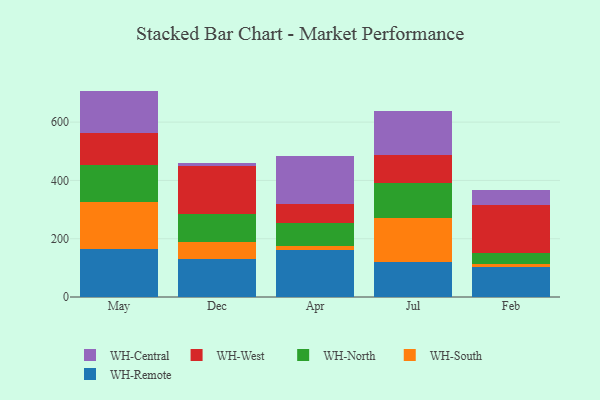
{"axis": {"x": "Month", "y": "Shipments"}, "legend": ["WH-Central", "WH-North", "WH-Remote", "WH-South", "WH-West"], "data": [{"x": "May", "y": 166.2, "type": "WH-Remote"}, {"x": "May", "y": 160.0, "type": "WH-South"}, {"x": "May", "y": 126.0, "type": "WH-North"}, {"x": "May", "y": 109.8, "type": "WH-West"}, {"x": "May", "y": 145.3, "type": "WH-Central"}, {"x": "Dec", "y": 129.6, "type": "WH-Remote"}, {"x": "Dec", "y": 60.3, "type": "WH-South"}, {"x": "Dec", "y": 95.5, "type": "WH-North"}, {"x": "Dec", "y": 164.0, "type": "WH-West"}, {"x": "Dec", "y": 11.1, "type": "WH-Central"}, {"x": "Apr", "y": 162.1, "type": "WH-Remote"}, {"x": "Apr", "y": 14.6, "type": "WH-South"}, {"x": "Apr", "y": 78.7, "type": "WH-North"}, {"x": "Apr", "y": 65.4, "type": "WH-West"}, {"x": "Apr", "y": 163.7, "type": "WH-Central"}, {"x": "Jul", "y": 119.1, "type": "WH-Remote"}, {"x": "Jul", "y": 151.5, "type": "WH-South"}, {"x": "Jul", "y": 120.7, "type": "WH-North"}, {"x": "Jul", "y": 95.7, "type": "WH-West"}, {"x": "Jul", "y": 150.4, "type": "WH-Central"}, {"x": "Feb", "y": 101.6, "type": "WH-Remote"}, {"x": "Feb", "y": 12.7, "type": "WH-South"}, {"x": "Feb", "y": 37.6, "type": "WH-North"}, {"x": "Feb", "y": 162.5, "type": "WH-West"}, {"x": "Feb", "y": 52.8, "type": "WH-Central"}]}